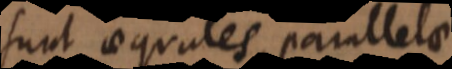
sunt aequales parallelae